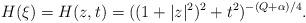
LaTeX: \begin{align*} H(\xi)=H(z,t)=((1+|z|^2)^2+t^2)^{-(Q+\alpha)/4}.\end{align*}